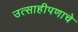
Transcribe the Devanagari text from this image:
उत्साहीपणाचे